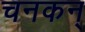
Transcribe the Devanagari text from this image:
चनकन्